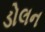
ડોલન